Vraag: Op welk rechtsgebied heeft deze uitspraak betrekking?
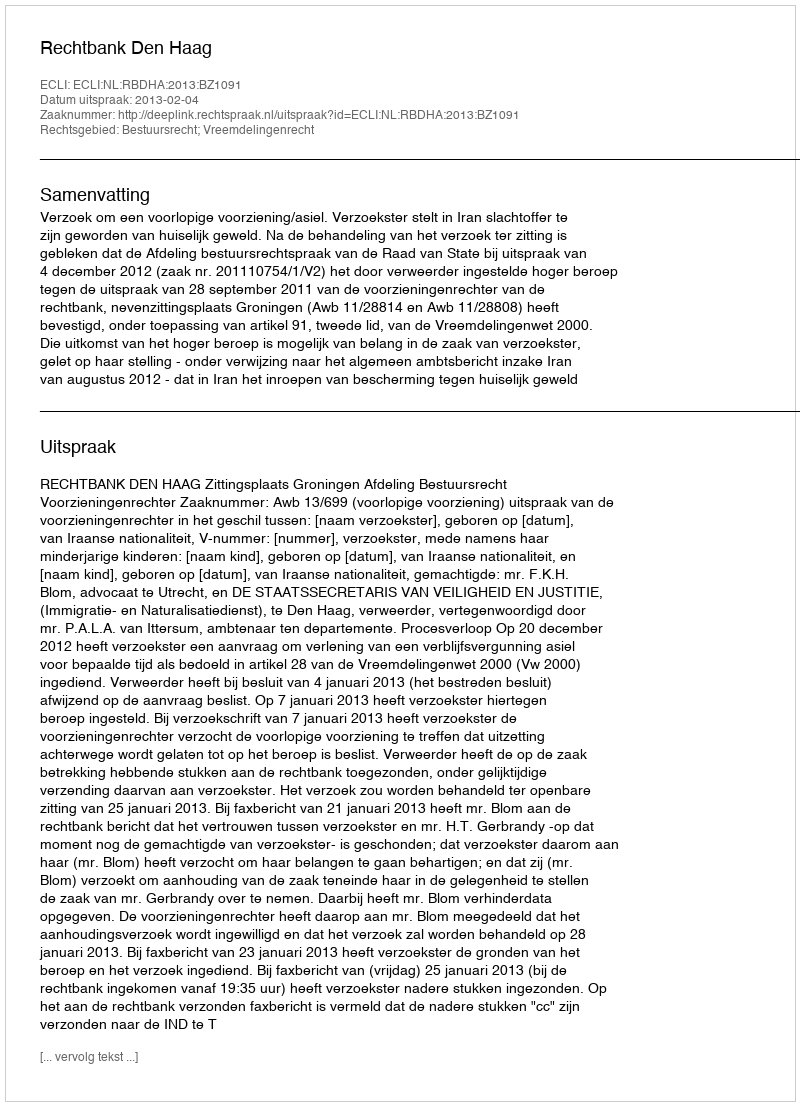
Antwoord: Bestuursrecht; Vreemdelingenrecht